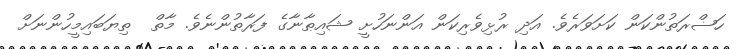
ހަޟްރަތުންކަން ކަށަވަރެވެ. އަދި ރުޅިވެރިކަން އަންނަހުށީ ޝައިޠާނާގެ ފަރާތުންނެވެ. މާތް  ތިޔަބައިމީހުންނަށް